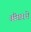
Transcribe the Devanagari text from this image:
बीबरने